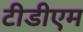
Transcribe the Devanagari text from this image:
टीडीएम